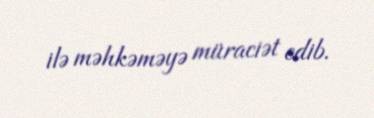
ilə məhkəməyə müraciət edib.